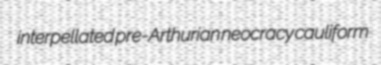
interpellated pre-Arthurian neocracy cauliform